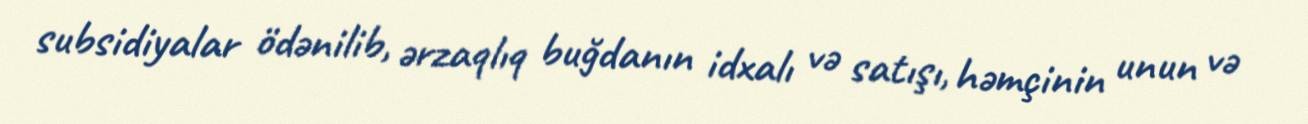
subsidiyalar ödənilib, ərzaqlıq buğdanın idxalı və satışı, həmçinin unun və